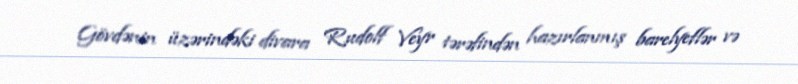
Gövdənin üzərindəki divara Rudolf Veyr tərəfindən hazırlanmış barelyeflər və